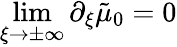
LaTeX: \operatorname*{lim}_{\xi\to\pm\infty}\partial_{\xi}\tilde{\mu}_{0}=0